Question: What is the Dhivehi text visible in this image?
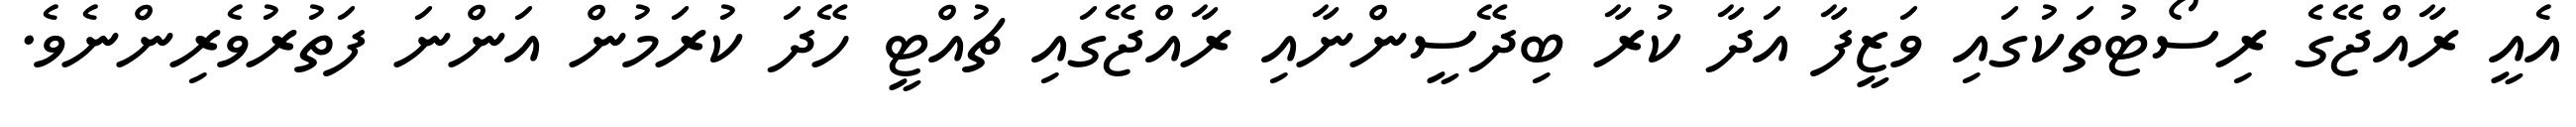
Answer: އެއީ ރާއްޖޭގެ ރިސޯޓުތަކުގައި ވަޒީފާ އަދާ ކުރާ ބިދޭސީންނާއި ރާއްޖޭގައި ޗުއްޓީ ހޭދަ ކުރަމުން އަންނަ ފަތުރުވެރިންނެވެ.